Vaccination in Bombay 1869-1873 - 1869-1873
Year: 1869
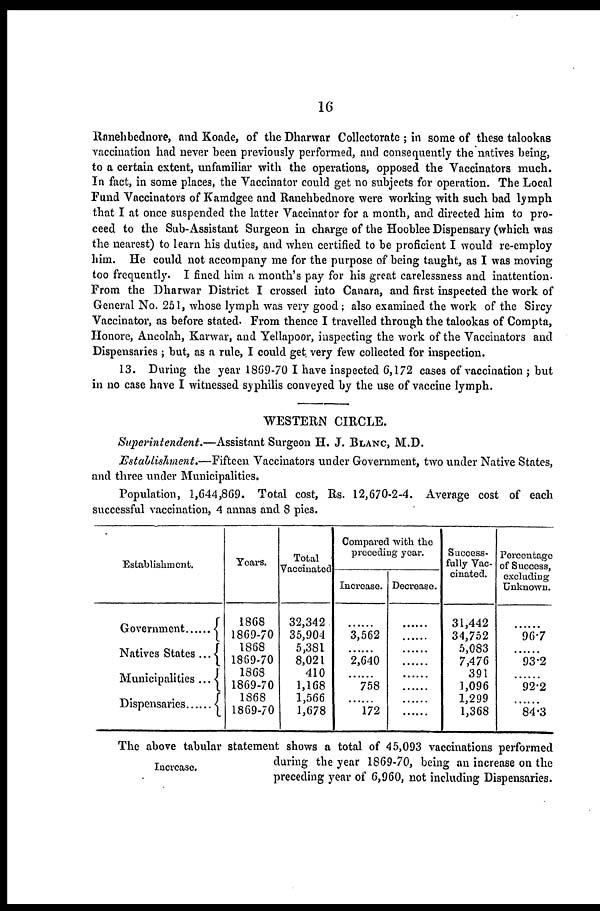
16
Ranehbednore, and Koade, of the Dharwar Collectorate ; in some of these talookas
vaccination had never been previously performed, and consequently the natives being,
to a certain extent, unfamiliar with the operations, opposed the Vaccinators much.
In fact, in some places, the Vaccinator could get no subjects for operation. The Local
Fund Vaccinators of Kamdgee and Ranehbednore were working with such bad lymph
that I at once suspended the latter Vaccinator for a month, and directed him to pro-
ceed to the Sub-Assistant Surgeon in charge of the Hooblee Dispensary (which was
the nearest) to learn his duties, and when certified to be proficient I would re-employ
him. He could not accompany me for the purpose of being taught, as I was moving
too frequently. I fined him a month's pay for his great carelessness and inattention.
From the Dharwar District I crossed into Canara, and first inspected the work of
General No. 251, whose lymph was very good; also examined the work of the Sircy
Vaccinator, as before stated. From thence I travelled through the talookas of Compta,
Honore, Ancolah, Karwar, and Yellapoor, inspecting the work of the Vaccinators and
Dispensaries ; but, as a rule, I could get. very few collected for inspection.
13. During the year 1869-70 I have inspected 6,172 cases of vaccination ; but
in no case have I witnessed syphilis conveyed by the use of vaccine lymph.
WESTERN CIRCLE.
Superintendent.—Assistant Surgeon H. J. BLANC, M.D.
Establishment.—Fifteen Vaccinators under Government, two under Native States,
and three under Municipalities.
Population, 1,644,869. Total cost, Rs. 12,670-2-4. Average cost of each
successful vaccination, 4 annas and 8 pies.
Establishment.
Government .....
Natives States ...
Municipalities ...
Dispensaries .....
Years.
1868
1869-70
1868
1869-70
1868
1869-70
1868
1869-70
Total
Vaccinated
32,342
35,904
5,381
8,021
410
1,168
1,566
1,678
Compared with the
preceding year.
Increase.
......
3,562
......
2,640
......
758
......
172
Decrease.
......
......
......
......
......
......
......
......
Success-
fully Vac-
cinated.
31,442
34,752
5,083
7,476
391
1,096
1,299
1,368
Percentage
of Success,
excluding
Unknown.
......
96.7
......
93.2
......
92.2
......
84.3
Increase.
The above tabular statement shows a total of 45,093 vaccinations performed
during the year 1869-70, being an increase on the
preceding year of 6,960, not including Dispensaries.